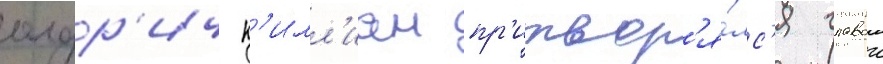
олдр'ич к'илл'иан пр'итвор'я́лс'я главои